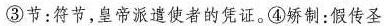
③节：符节，皇帝派遣使者的凭证。④矫制：假传圣